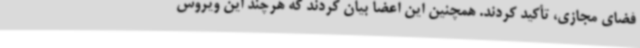
فضای مجازی، تأکید کردند. همچنین این اعضا بیان کردند که هرچند این ویروس